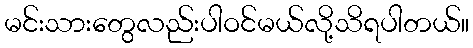
မင်းသားတွေလည်းပါဝင်မယ်လို့သိရပါတယ်။